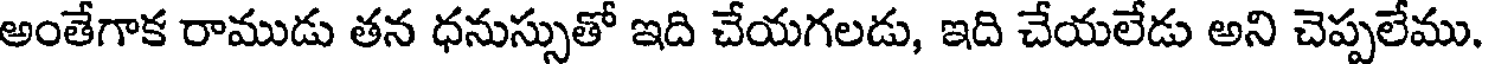
అంతేగాక రాముడు తన ధనుస్సుతో ఇది చేయగలడు, ఇది చేయలేడు అని చెప్పలేము.